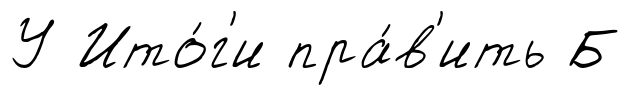
У Ито́г'и пра́в'ить Б